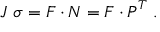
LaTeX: J ~ { \boldsymbol { \sigma } } = { \boldsymbol { F } } \cdot { \boldsymbol { N } } = { \boldsymbol { F } } \cdot { \boldsymbol { P } } ^ { T } ~ .